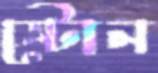
স্টোন